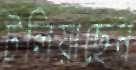
টলিয়াছেন